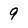
Character: 9